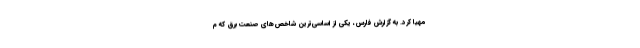
مهیا کرد. به گزارش فارس، یکی از اساسی‌ترین شاخص‌های صنعت برق که م